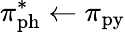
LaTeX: \pi_{\mathrm{ph}}^{*}\leftarrow\pi_{\mathrm{py}}